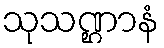
သုသဏ္ဌာနံ